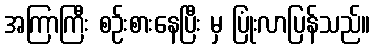
အကြာကြီး စဉ်းစားနေပြီး မှ ပြုံးလာပြန်သည်။